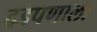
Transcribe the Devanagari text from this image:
दडपणाला